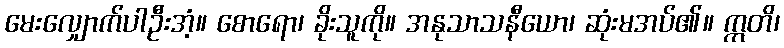
မေးလျှောက်ပါဦးအံ့။ စောရော၊ ခိုးသူကို။ အနုသာသနီယော၊ ဆုံးမအပ်၏။ ဣတိ၊